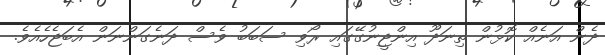
ދެން އަނެއް ކޮޅުން ތިނަދޫ އިންޖީނުގޭގައި ރޯވި ސަބަބު ވެސް ދަނެގަންނަން އެބަޖެހެއެވެ.